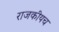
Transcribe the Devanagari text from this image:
राजकीयच